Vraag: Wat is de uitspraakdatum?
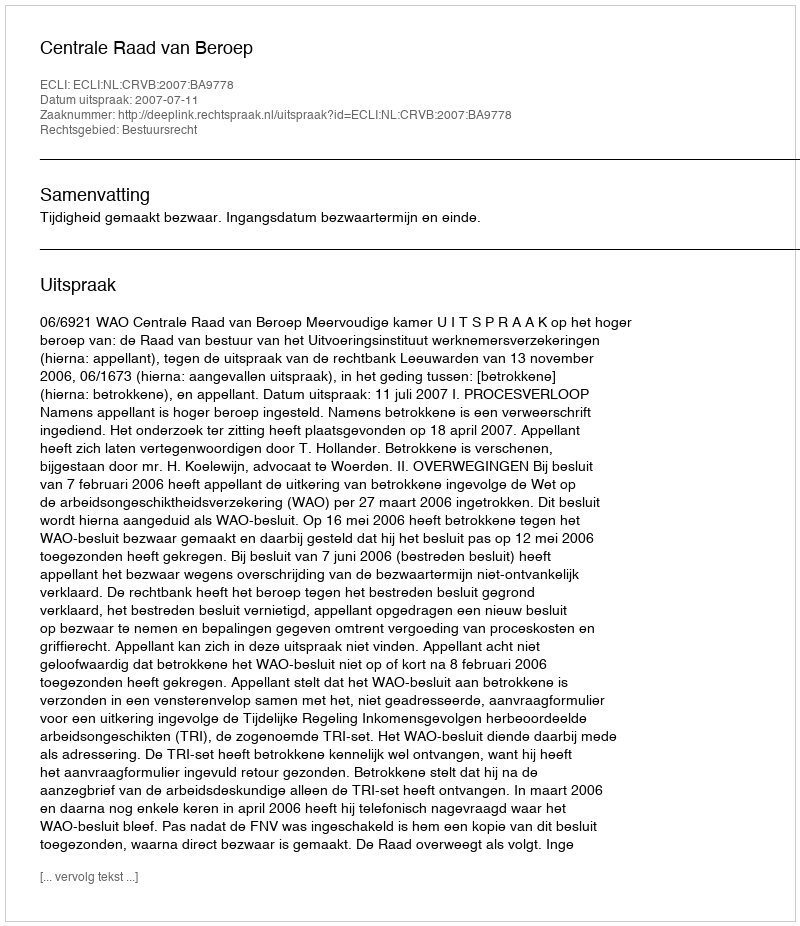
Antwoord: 2007-07-11